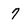
Character: 7